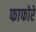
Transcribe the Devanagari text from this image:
फाफोरे